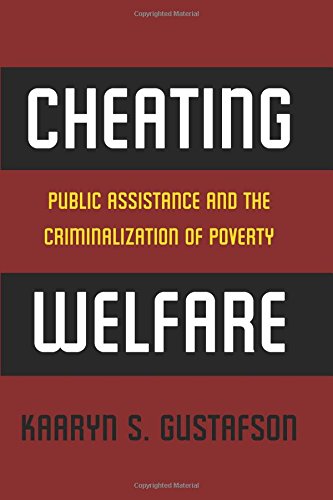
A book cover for Cheating Welfare: Public Assistance and the Criminalization of Poverty; Kaaryn S. Gustafson; Law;